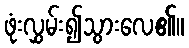
ဖုံးလွှမ်း၍သွားလေ၏။